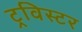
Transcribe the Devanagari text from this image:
ट्रविस्टर